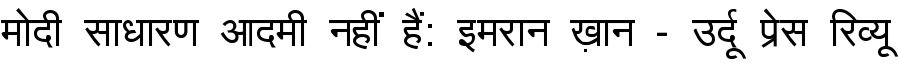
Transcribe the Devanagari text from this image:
मोदी साधारण आदमी नहीं हैं: इमरान ख़ान - उर्दू प्रेस रिव्यू